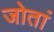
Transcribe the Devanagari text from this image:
जोतां